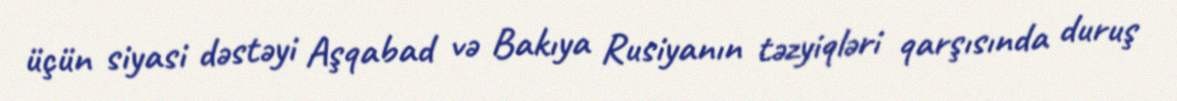
üçün siyasi dəstəyi Aşqabad və Bakıya Rusiyanın təzyiqləri qarşısında duruş